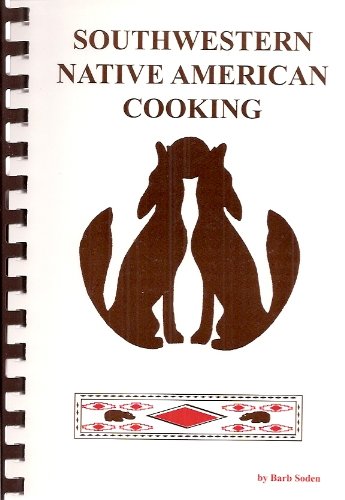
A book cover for Southwestern Native American Cooking; Barb Soden; Cookbooks, Food & Wine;